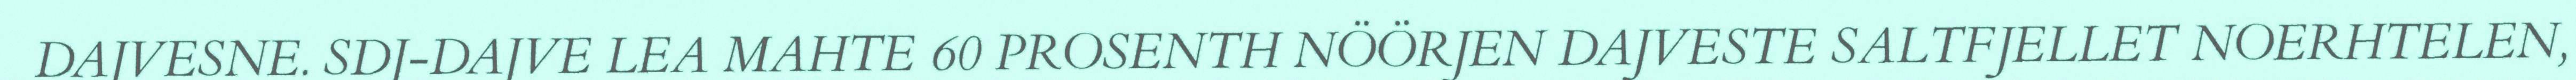
DAJVESNE. SDJ-DAJVE LEA MAHTE 60 PROSENTH NÖÖRJEN DAJVESTE SALTFJELLET NOERHTELEN,